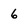
Character: 6